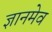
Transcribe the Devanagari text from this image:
ज्ञानमेव